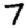
Digit: 7